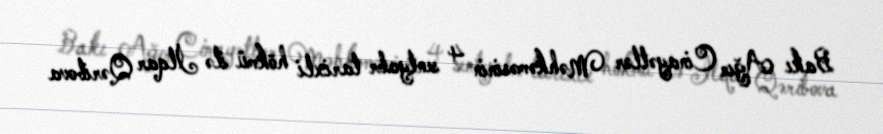
Bakı Ağır Cinayətlər Məhkəməsinin 4 sentyabr tarixli hökmü ilə İlqar Qəribova